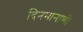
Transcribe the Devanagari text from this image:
दिनमानाशी